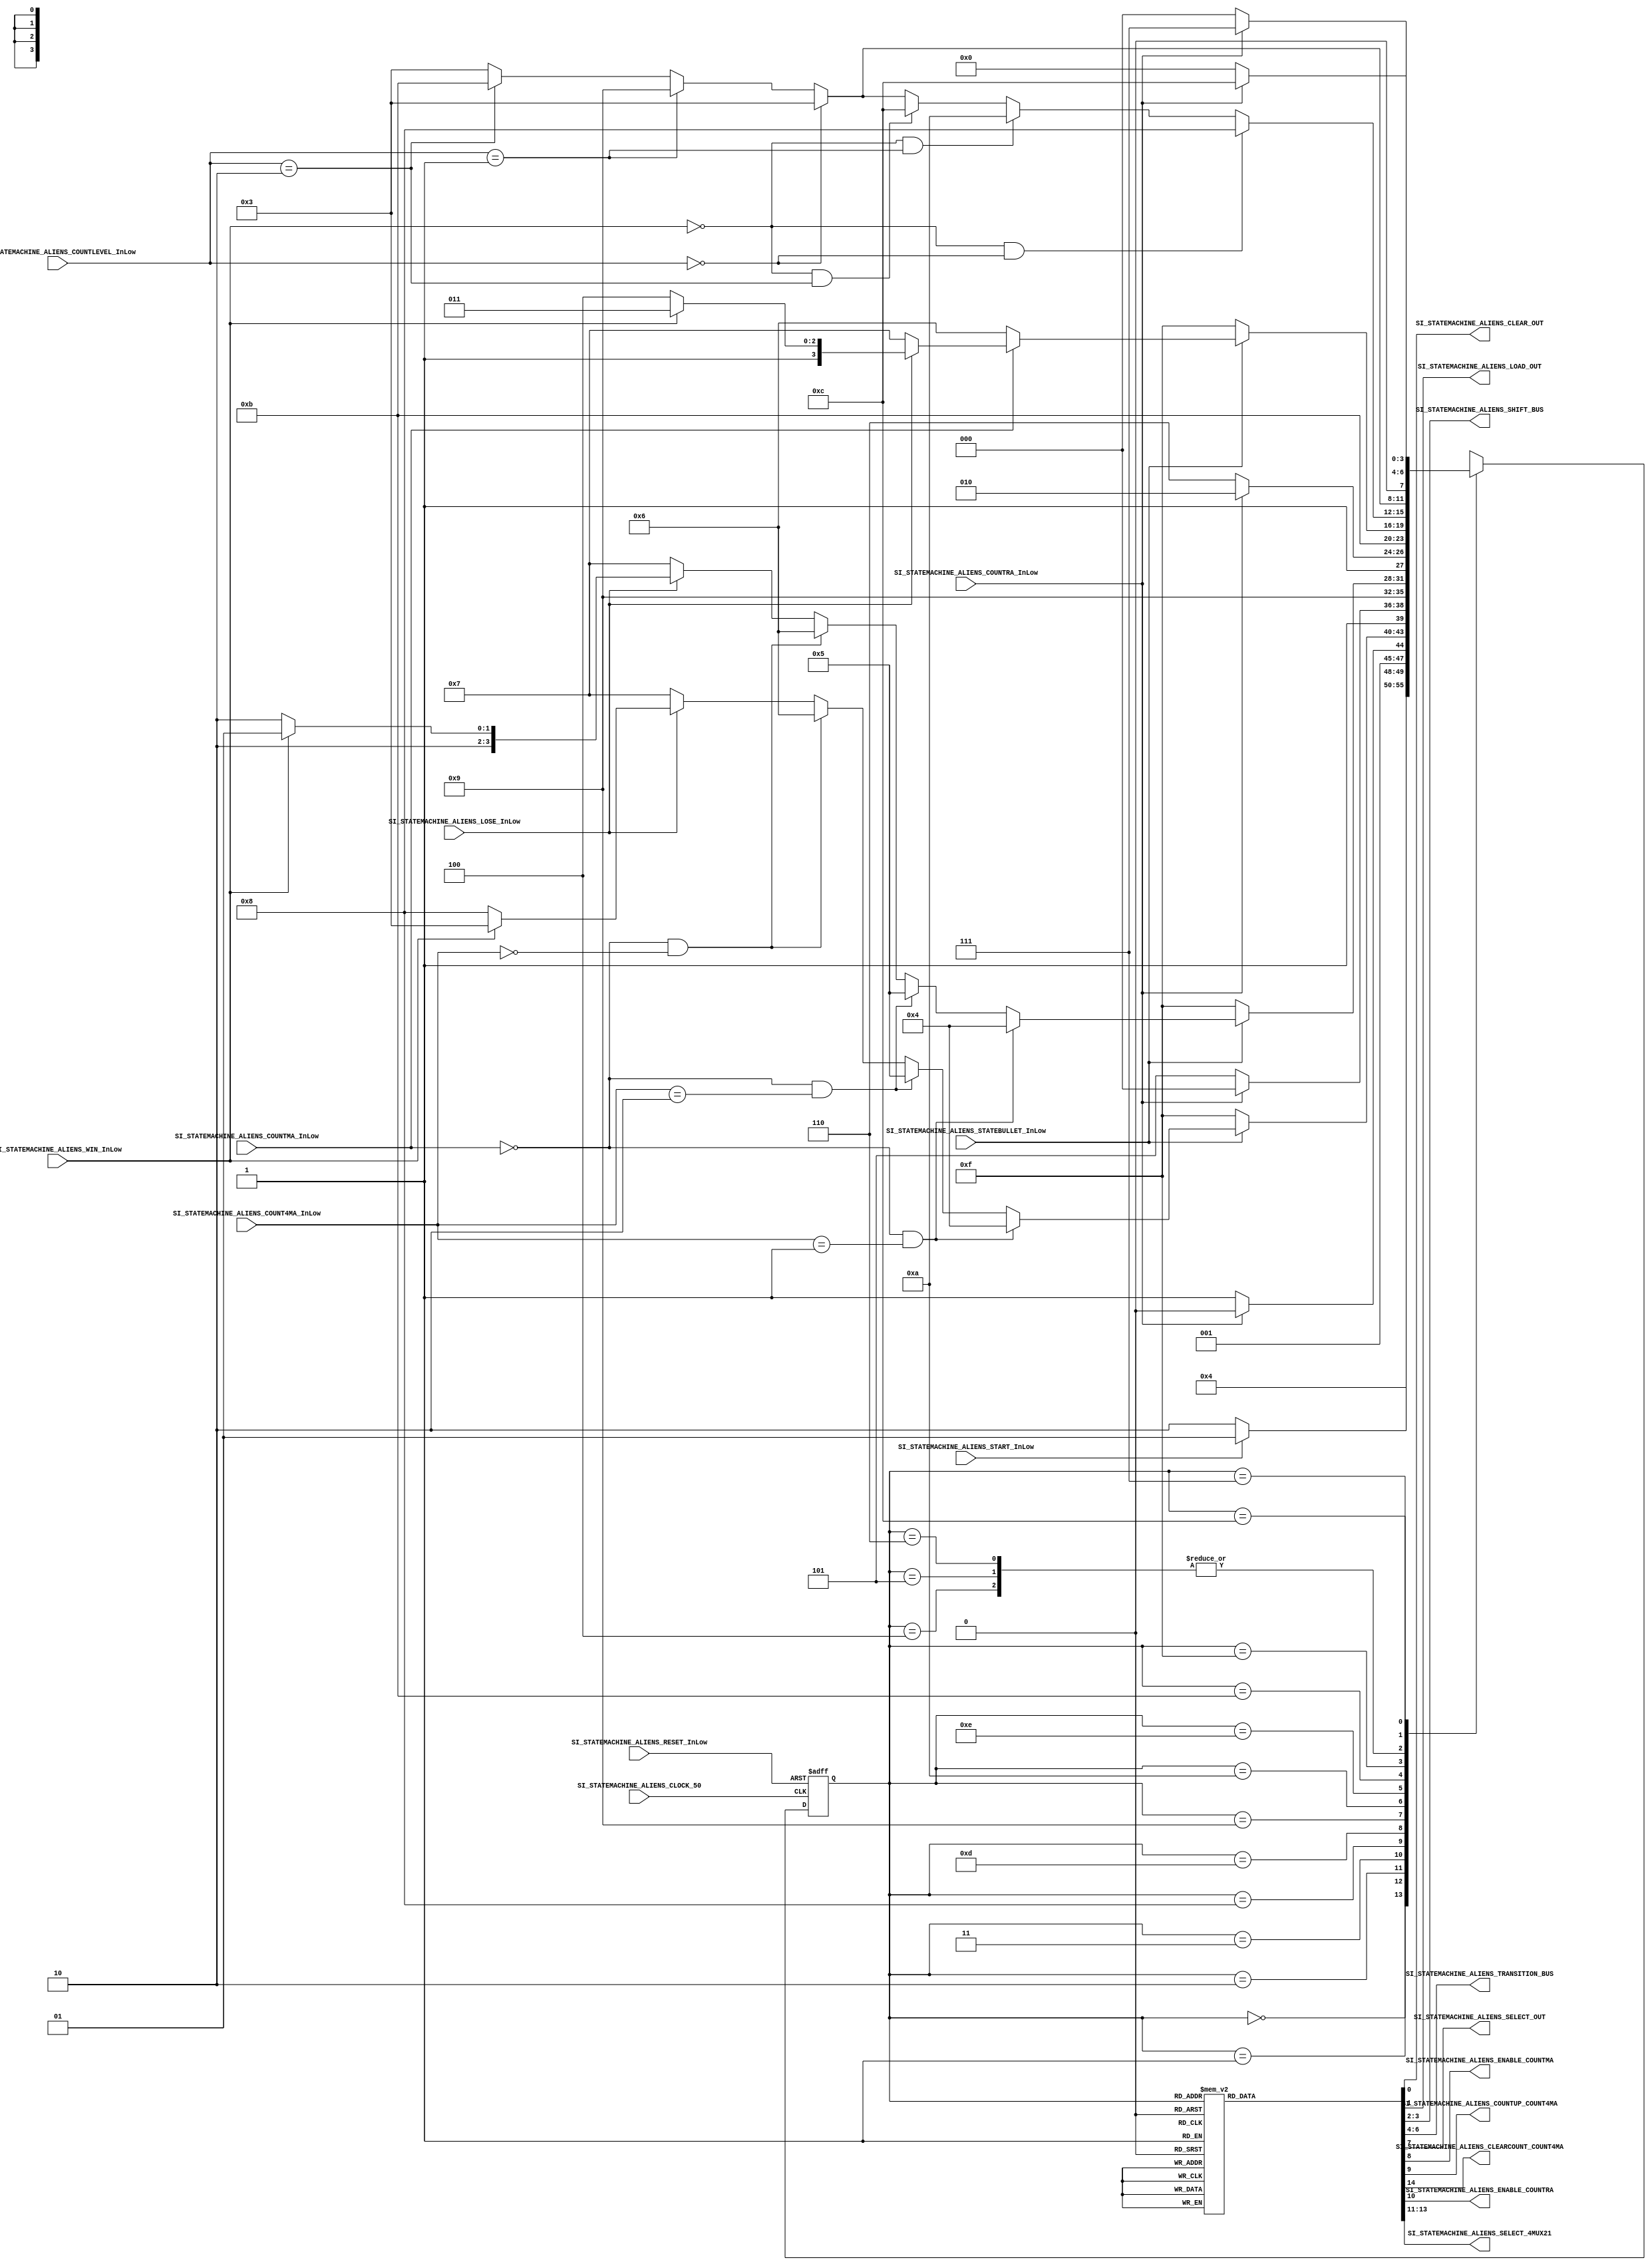

//=======================================================
//  MODULE Definition
//=======================================================

module SI_STATEMACHINE_ALIENS (

//////////// INPUTS //////////
	SI_STATEMACHINE_ALIENS_CLOCK_50,
	SI_STATEMACHINE_ALIENS_RESET_InLow,
	SI_STATEMACHINE_ALIENS_START_InLow,
   SI_STATEMACHINE_ALIENS_WIN_InLow,
	SI_STATEMACHINE_ALIENS_COUNTMA_InLow,
	SI_STATEMACHINE_ALIENS_COUNTRA_InLow,
	SI_STATEMACHINE_ALIENS_COUNT4MA_InLow,
	SI_STATEMACHINE_ALIENS_LOSE_InLow,
	SI_STATEMACHINE_ALIENS_COUNTLEVEL_InLow,
	SI_STATEMACHINE_ALIENS_STATEBULLET_InLow,
	
//////////// OUTPUTS //////////
	SI_STATEMACHINE_ALIENS_CLEAR_OUT,
	SI_STATEMACHINE_ALIENS_LOAD_OUT,
	SI_STATEMACHINE_ALIENS_SHIFT_BUS,
	SI_STATEMACHINE_ALIENS_TRANSITION_BUS,
	SI_STATEMACHINE_ALIENS_SELECT_OUT,
   SI_STATEMACHINE_ALIENS_ENABLE_COUNTMA,
	SI_STATEMACHINE_ALIENS_COUNTUP_COUNT4MA,
	SI_STATEMACHINE_ALIENS_CLEARCOUNT_COUNT4MA,
	SI_STATEMACHINE_ALIENS_ENABLE_COUNTRA,
	SI_STATEMACHINE_ALIENS_SELECT_4MUX21
	
);

//=======================================================
//  PARAMETER declarations
//=======================================================

	parameter St_Init   = 4'b0000;
	parameter St_Wait	  = 4'b0001;
	parameter St_Start  = 4'b0010;
	parameter St_Level1  = 4'b0011;
	parameter St_MoveAR  = 4'b0100;
	parameter St_MoveAL  = 4'b0101;
	parameter St_Down  = 4'b0110;
	parameter St_Lose  = 4'b0111;
	parameter St_Tran2  = 4'b1000;
	parameter St_Level2  = 4'b1001;
	parameter St_Tran3  = 4'b1010;
	parameter St_Level3  = 4'b1011;
	parameter St_Win	 =	4'b1100;
	parameter St_ClearLevel2 = 4'b1101;
	parameter St_ClearLevel3 = 4'b1110;
	parameter St_Load = 4'b1111;
			
//=======================================================
//  PORT declarations
//=======================================================
 
input SI_STATEMACHINE_ALIENS_CLOCK_50;
input	SI_STATEMACHINE_ALIENS_RESET_InLow;
input	SI_STATEMACHINE_ALIENS_START_InLow;
input	SI_STATEMACHINE_ALIENS_WIN_InLow;
input	SI_STATEMACHINE_ALIENS_COUNTMA_InLow;
input	SI_STATEMACHINE_ALIENS_LOSE_InLow;
input	SI_STATEMACHINE_ALIENS_COUNTRA_InLow;
input [1:0]	SI_STATEMACHINE_ALIENS_COUNT4MA_InLow;
input [1:0] SI_STATEMACHINE_ALIENS_COUNTLEVEL_InLow;
input SI_STATEMACHINE_ALIENS_STATEBULLET_InLow;

output reg SI_STATEMACHINE_ALIENS_CLEAR_OUT;
output reg SI_STATEMACHINE_ALIENS_LOAD_OUT;
output reg [1:0] SI_STATEMACHINE_ALIENS_SHIFT_BUS;
output reg [2:0] SI_STATEMACHINE_ALIENS_TRANSITION_BUS;
output reg SI_STATEMACHINE_ALIENS_SELECT_OUT;
output reg SI_STATEMACHINE_ALIENS_ENABLE_COUNTMA;
output reg SI_STATEMACHINE_ALIENS_COUNTUP_COUNT4MA;
output reg SI_STATEMACHINE_ALIENS_ENABLE_COUNTRA;
output reg [2:0] SI_STATEMACHINE_ALIENS_SELECT_4MUX21;
output reg SI_STATEMACHINE_ALIENS_CLEARCOUNT_COUNT4MA;

//=======================================================
//  REG/WIRE declarations
//=======================================================

reg [3:0] St_Register;
reg [3:0] St_Signal;

//=======================================================
//  Structural coding
//=======================================================
	
//-------INPUT LOGIC: COMBINATIONAL-----------------------------
// NEXT STATE LOGIC : COMBINATIONAL
	
always @(*)

begin 
	
	case(St_Register)
	
   St_Init: St_Signal = St_Wait;

	St_Wait: if(SI_STATEMACHINE_ALIENS_START_InLow == 0)
	         St_Signal = St_Start;
				else 
				St_Signal = St_Wait;

	St_Start: if(SI_STATEMACHINE_ALIENS_COUNTRA_InLow == 0)	
				 St_Signal = St_Level1;
				 else 
			    St_Signal = St_Start;	

	St_Level1: if(SI_STATEMACHINE_ALIENS_STATEBULLET_InLow == 0)
					St_Signal = St_Load;
	
				 else if(SI_STATEMACHINE_ALIENS_COUNTMA_InLow == 0 && SI_STATEMACHINE_ALIENS_COUNT4MA_InLow == 2'b01)
				  St_Signal = St_MoveAR;
			
				 else if(SI_STATEMACHINE_ALIENS_COUNTMA_InLow == 0 && SI_STATEMACHINE_ALIENS_COUNT4MA_InLow == 2'b10)
				 St_Signal = St_MoveAL;
				
		       else if(SI_STATEMACHINE_ALIENS_COUNTMA_InLow == 0 && SI_STATEMACHINE_ALIENS_COUNT4MA_InLow == 2'b00)	 
				 St_Signal = St_Down;
				 
				 else if(SI_STATEMACHINE_ALIENS_LOSE_InLow == 0)
				 St_Signal = St_Lose;
				 
				 else if(SI_STATEMACHINE_ALIENS_WIN_InLow == 0)
				 St_Signal = St_Tran2;
				 
				 else
				 St_Signal = St_Level1;
	
	St_Tran2: if(SI_STATEMACHINE_ALIENS_COUNTRA_InLow == 0)
				 St_Signal = St_ClearLevel2;
				 
				 else 
				 St_Signal = St_Tran2;
				 
	St_ClearLevel2: St_Signal = St_Level2;
				 
	St_Level2: if(SI_STATEMACHINE_ALIENS_STATEBULLET_InLow == 0)
					St_Signal = St_Load; 
	
				 else if(SI_STATEMACHINE_ALIENS_COUNTMA_InLow == 0 && SI_STATEMACHINE_ALIENS_COUNT4MA_InLow == 2'b01)
				  St_Signal = St_MoveAR;
			
				 else if(SI_STATEMACHINE_ALIENS_COUNTMA_InLow == 0 && SI_STATEMACHINE_ALIENS_COUNT4MA_InLow == 2'b10)
				 St_Signal = St_MoveAL;	
				
		       else if(SI_STATEMACHINE_ALIENS_COUNTMA_InLow == 0 && SI_STATEMACHINE_ALIENS_COUNT4MA_InLow == 2'b00)	 
				 St_Signal = St_Down;
				 
				 else if(SI_STATEMACHINE_ALIENS_LOSE_InLow == 0)
				 St_Signal = St_Lose;
				 
				 else if(SI_STATEMACHINE_ALIENS_WIN_InLow == 0)
				 St_Signal = St_Tran3;
				 
				 else
				 St_Signal = St_Level2;		 
				 
	St_Tran3: if(SI_STATEMACHINE_ALIENS_COUNTRA_InLow == 0)
	          St_Signal = St_ClearLevel3;
				 
				 else 
				 St_Signal = St_Tran3;
				 
	St_ClearLevel3: St_Signal = St_Level3;

	St_Level3: if(SI_STATEMACHINE_ALIENS_STATEBULLET_InLow == 0)
					St_Signal = St_Load;
				
		       else if(SI_STATEMACHINE_ALIENS_COUNTMA_InLow == 0)	 
				 St_Signal = St_Down;
				 
				 else if(SI_STATEMACHINE_ALIENS_LOSE_InLow == 0)
				 St_Signal = St_Lose;
				 
				 else if(SI_STATEMACHINE_ALIENS_WIN_InLow == 0)
				 St_Signal = St_Win;
				 
				 else
				 St_Signal = St_Level3;	
				 
	St_Load: if(SI_STATEMACHINE_ALIENS_WIN_InLow == 0 && SI_STATEMACHINE_ALIENS_COUNTLEVEL_InLow == 2'b00)
				 St_Signal = St_Tran2;
				 
				else if(SI_STATEMACHINE_ALIENS_WIN_InLow == 0 && SI_STATEMACHINE_ALIENS_COUNTLEVEL_InLow == 2'b01)
				 St_Signal = St_Tran3;
				 
				else if(SI_STATEMACHINE_ALIENS_WIN_InLow == 0 && SI_STATEMACHINE_ALIENS_COUNTLEVEL_InLow == 2'b10)
				 St_Signal = St_Win;
	
				else if(SI_STATEMACHINE_ALIENS_COUNTLEVEL_InLow == 2'b00)
					St_Signal = St_Level1;
					
				else if(SI_STATEMACHINE_ALIENS_COUNTLEVEL_InLow == 2'b01)
					St_Signal = St_Level2;
					
				else if(SI_STATEMACHINE_ALIENS_COUNTLEVEL_InLow == 2'b10)
					St_Signal = St_Level3;
					
				else
					St_Signal = St_Level1;
				 
	St_MoveAR: if(SI_STATEMACHINE_ALIENS_COUNTLEVEL_InLow == 2'b00)
					St_Signal = St_Level1;
					
				else if(SI_STATEMACHINE_ALIENS_COUNTLEVEL_InLow == 2'b01)
					St_Signal = St_Level2;
					
				else if(SI_STATEMACHINE_ALIENS_COUNTLEVEL_InLow == 2'b10)
					St_Signal = St_Level3;
					
				else
					St_Signal = St_Level1;
	
   St_MoveAL: if(SI_STATEMACHINE_ALIENS_COUNTLEVEL_InLow == 2'b00)
					St_Signal = St_Level1;
					
				else if(SI_STATEMACHINE_ALIENS_COUNTLEVEL_InLow == 2'b01)
					St_Signal = St_Level2;
					
				else if(SI_STATEMACHINE_ALIENS_COUNTLEVEL_InLow == 2'b10)
					St_Signal = St_Level3;
					
				else
					St_Signal = St_Level1;
	
	St_Down: if(SI_STATEMACHINE_ALIENS_COUNTLEVEL_InLow == 2'b00)
					St_Signal = St_Level1;
					
				else if(SI_STATEMACHINE_ALIENS_COUNTLEVEL_InLow == 2'b01)
					St_Signal = St_Level2;
					
				else if(SI_STATEMACHINE_ALIENS_COUNTLEVEL_InLow == 2'b10)
					St_Signal = St_Level3;
					
				else
					St_Signal = St_Level1;
	
	St_Lose: if(SI_STATEMACHINE_ALIENS_COUNTRA_InLow == 0)
	          St_Signal = St_Init;
				 
				 else
				 St_Signal = St_Lose; 
				
	St_Win: if(SI_STATEMACHINE_ALIENS_COUNTRA_InLow == 0)
	          St_Signal = St_Init;
				 
				 else
				 St_Signal = St_Win; 	
	endcase
	
end
	
//-------STATE REGISTER : SEQUENTIAL----------------------------

always @(posedge SI_STATEMACHINE_ALIENS_CLOCK_50, negedge SI_STATEMACHINE_ALIENS_RESET_InLow)
	
	if (SI_STATEMACHINE_ALIENS_RESET_InLow == 0)
		St_Register <= St_Init;
	else
		St_Register <= St_Signal;
	
//=======================================================
//  Outputs
//=======================================================
//-----------OUTPUT LOGIC : COMBINATIONAL -------------------------	
	
always @(*)
	
begin 
	
	case(St_Register)
	
	St_Init:
	begin
   SI_STATEMACHINE_ALIENS_CLEAR_OUT = 1;
   SI_STATEMACHINE_ALIENS_LOAD_OUT = 0;
   SI_STATEMACHINE_ALIENS_SHIFT_BUS = 2'b11;
   SI_STATEMACHINE_ALIENS_TRANSITION_BUS = 3'b001;
   SI_STATEMACHINE_ALIENS_SELECT_OUT = 1;
   SI_STATEMACHINE_ALIENS_ENABLE_COUNTMA = 1;
	SI_STATEMACHINE_ALIENS_COUNTUP_COUNT4MA = 1; 
	SI_STATEMACHINE_ALIENS_ENABLE_COUNTRA = 1;
	SI_STATEMACHINE_ALIENS_SELECT_4MUX21 = 3'b000;
	SI_STATEMACHINE_ALIENS_CLEARCOUNT_COUNT4MA = 0;
	end
	
	St_Wait:
	begin
   SI_STATEMACHINE_ALIENS_CLEAR_OUT = 1;
   SI_STATEMACHINE_ALIENS_LOAD_OUT = 1;
   SI_STATEMACHINE_ALIENS_SHIFT_BUS = 2'b11;
   SI_STATEMACHINE_ALIENS_TRANSITION_BUS = 3'b001;
   SI_STATEMACHINE_ALIENS_SELECT_OUT = 1;
   SI_STATEMACHINE_ALIENS_ENABLE_COUNTMA = 0;
	SI_STATEMACHINE_ALIENS_COUNTUP_COUNT4MA = 1;
	SI_STATEMACHINE_ALIENS_ENABLE_COUNTRA = 1;
	SI_STATEMACHINE_ALIENS_SELECT_4MUX21 = 3'b000;
	SI_STATEMACHINE_ALIENS_CLEARCOUNT_COUNT4MA = 1;
	end
	
	St_Start:
	begin
   SI_STATEMACHINE_ALIENS_CLEAR_OUT = 1;
   SI_STATEMACHINE_ALIENS_LOAD_OUT = 1;
   SI_STATEMACHINE_ALIENS_SHIFT_BUS = 2'b11;
   SI_STATEMACHINE_ALIENS_TRANSITION_BUS = 3'b010;
   SI_STATEMACHINE_ALIENS_SELECT_OUT = 1;
   SI_STATEMACHINE_ALIENS_ENABLE_COUNTMA = 0;
	SI_STATEMACHINE_ALIENS_COUNTUP_COUNT4MA = 1;
	SI_STATEMACHINE_ALIENS_ENABLE_COUNTRA = 0;
	SI_STATEMACHINE_ALIENS_SELECT_4MUX21 = 3'b000;
	SI_STATEMACHINE_ALIENS_CLEARCOUNT_COUNT4MA = 1;
	end
	
	St_Level1:
	begin
   SI_STATEMACHINE_ALIENS_CLEAR_OUT = 1;
   SI_STATEMACHINE_ALIENS_LOAD_OUT = 1;
   SI_STATEMACHINE_ALIENS_SHIFT_BUS = 2'b11;
   SI_STATEMACHINE_ALIENS_TRANSITION_BUS = 3'b111;
   SI_STATEMACHINE_ALIENS_SELECT_OUT = 0;
   SI_STATEMACHINE_ALIENS_ENABLE_COUNTMA = 0;
	SI_STATEMACHINE_ALIENS_COUNTUP_COUNT4MA = 1;
	SI_STATEMACHINE_ALIENS_ENABLE_COUNTRA = 1;
	SI_STATEMACHINE_ALIENS_SELECT_4MUX21 = 3'b000;
	SI_STATEMACHINE_ALIENS_CLEARCOUNT_COUNT4MA = 1;
	end

	St_Tran2:
	begin
   SI_STATEMACHINE_ALIENS_CLEAR_OUT = 0;
   SI_STATEMACHINE_ALIENS_LOAD_OUT = 1;
   SI_STATEMACHINE_ALIENS_SHIFT_BUS = 2'b11;
   SI_STATEMACHINE_ALIENS_TRANSITION_BUS = 3'b011;
   SI_STATEMACHINE_ALIENS_SELECT_OUT = 1;
   SI_STATEMACHINE_ALIENS_ENABLE_COUNTMA = 1;
	SI_STATEMACHINE_ALIENS_COUNTUP_COUNT4MA = 1;
	SI_STATEMACHINE_ALIENS_ENABLE_COUNTRA = 0;
	SI_STATEMACHINE_ALIENS_SELECT_4MUX21 = 3'b000;
	SI_STATEMACHINE_ALIENS_CLEARCOUNT_COUNT4MA = 0;
	end
	
	St_ClearLevel2:
	begin
   SI_STATEMACHINE_ALIENS_CLEAR_OUT = 1;
   SI_STATEMACHINE_ALIENS_LOAD_OUT = 0;
   SI_STATEMACHINE_ALIENS_SHIFT_BUS = 2'b11;
   SI_STATEMACHINE_ALIENS_TRANSITION_BUS = 3'b011;
   SI_STATEMACHINE_ALIENS_SELECT_OUT = 1;
   SI_STATEMACHINE_ALIENS_ENABLE_COUNTMA = 1;
	SI_STATEMACHINE_ALIENS_COUNTUP_COUNT4MA = 1;
	SI_STATEMACHINE_ALIENS_ENABLE_COUNTRA = 1;
	SI_STATEMACHINE_ALIENS_SELECT_4MUX21 = 3'b011;
	SI_STATEMACHINE_ALIENS_CLEARCOUNT_COUNT4MA = 0;
	end
	
	St_Level2:
	begin
   SI_STATEMACHINE_ALIENS_CLEAR_OUT = 1;
   SI_STATEMACHINE_ALIENS_LOAD_OUT = 1;
   SI_STATEMACHINE_ALIENS_SHIFT_BUS = 2'b11;
   SI_STATEMACHINE_ALIENS_TRANSITION_BUS = 3'b111;
   SI_STATEMACHINE_ALIENS_SELECT_OUT = 0;
   SI_STATEMACHINE_ALIENS_ENABLE_COUNTMA = 0;
	SI_STATEMACHINE_ALIENS_COUNTUP_COUNT4MA = 1;
	SI_STATEMACHINE_ALIENS_ENABLE_COUNTRA = 1;
	SI_STATEMACHINE_ALIENS_SELECT_4MUX21 = 3'b000;
	SI_STATEMACHINE_ALIENS_CLEARCOUNT_COUNT4MA = 1;
	end
	
	St_Tran3:
	begin
   SI_STATEMACHINE_ALIENS_CLEAR_OUT = 0;
   SI_STATEMACHINE_ALIENS_LOAD_OUT = 1;
   SI_STATEMACHINE_ALIENS_SHIFT_BUS = 2'b11;
   SI_STATEMACHINE_ALIENS_TRANSITION_BUS = 3'b100;
   SI_STATEMACHINE_ALIENS_SELECT_OUT = 1;
   SI_STATEMACHINE_ALIENS_ENABLE_COUNTMA = 1;
	SI_STATEMACHINE_ALIENS_COUNTUP_COUNT4MA = 1;
	SI_STATEMACHINE_ALIENS_ENABLE_COUNTRA = 0;
	SI_STATEMACHINE_ALIENS_SELECT_4MUX21 = 3'b000;
	SI_STATEMACHINE_ALIENS_CLEARCOUNT_COUNT4MA = 0;
	end

	St_ClearLevel3:
	begin
   SI_STATEMACHINE_ALIENS_CLEAR_OUT = 1;
   SI_STATEMACHINE_ALIENS_LOAD_OUT = 0;
   SI_STATEMACHINE_ALIENS_SHIFT_BUS = 2'b11;
   SI_STATEMACHINE_ALIENS_TRANSITION_BUS = 3'b100;
   SI_STATEMACHINE_ALIENS_SELECT_OUT = 1;
   SI_STATEMACHINE_ALIENS_ENABLE_COUNTMA = 1;
	SI_STATEMACHINE_ALIENS_COUNTUP_COUNT4MA = 1;
	SI_STATEMACHINE_ALIENS_ENABLE_COUNTRA = 1;
	SI_STATEMACHINE_ALIENS_SELECT_4MUX21 = 3'b100;
	SI_STATEMACHINE_ALIENS_CLEARCOUNT_COUNT4MA = 0;
	end	
	
	St_Level3:
	begin
   SI_STATEMACHINE_ALIENS_CLEAR_OUT = 1;
   SI_STATEMACHINE_ALIENS_LOAD_OUT = 1;
   SI_STATEMACHINE_ALIENS_SHIFT_BUS = 2'b11;
   SI_STATEMACHINE_ALIENS_TRANSITION_BUS = 3'b111;
   SI_STATEMACHINE_ALIENS_SELECT_OUT = 0;
   SI_STATEMACHINE_ALIENS_ENABLE_COUNTMA = 0;
	SI_STATEMACHINE_ALIENS_COUNTUP_COUNT4MA = 1;
	SI_STATEMACHINE_ALIENS_ENABLE_COUNTRA = 1;
	SI_STATEMACHINE_ALIENS_SELECT_4MUX21 = 3'b000;
	SI_STATEMACHINE_ALIENS_CLEARCOUNT_COUNT4MA = 1;
	end
	
	St_Load:
	begin
   SI_STATEMACHINE_ALIENS_CLEAR_OUT = 1;
   SI_STATEMACHINE_ALIENS_LOAD_OUT = 0;
   SI_STATEMACHINE_ALIENS_SHIFT_BUS = 2'b11;
   SI_STATEMACHINE_ALIENS_TRANSITION_BUS = 3'b001;
   SI_STATEMACHINE_ALIENS_SELECT_OUT = 1;
   SI_STATEMACHINE_ALIENS_ENABLE_COUNTMA = 0;
	SI_STATEMACHINE_ALIENS_COUNTUP_COUNT4MA = 1; 
	SI_STATEMACHINE_ALIENS_ENABLE_COUNTRA = 1;
	SI_STATEMACHINE_ALIENS_SELECT_4MUX21 = 3'b001;
	SI_STATEMACHINE_ALIENS_CLEARCOUNT_COUNT4MA = 1;
	end

	St_MoveAR:
	begin
   SI_STATEMACHINE_ALIENS_CLEAR_OUT = 1;
   SI_STATEMACHINE_ALIENS_LOAD_OUT = 1;
   SI_STATEMACHINE_ALIENS_SHIFT_BUS = 2'b10;
   SI_STATEMACHINE_ALIENS_TRANSITION_BUS = 3'b111;
   SI_STATEMACHINE_ALIENS_SELECT_OUT = 0;
   SI_STATEMACHINE_ALIENS_ENABLE_COUNTMA = 0;
	SI_STATEMACHINE_ALIENS_COUNTUP_COUNT4MA = 0;
	SI_STATEMACHINE_ALIENS_ENABLE_COUNTRA = 1;
	SI_STATEMACHINE_ALIENS_SELECT_4MUX21 = 3'b000;
	SI_STATEMACHINE_ALIENS_CLEARCOUNT_COUNT4MA = 1;
	end
	
	St_MoveAL:
	begin
   SI_STATEMACHINE_ALIENS_CLEAR_OUT = 1;
   SI_STATEMACHINE_ALIENS_LOAD_OUT = 1;
   SI_STATEMACHINE_ALIENS_SHIFT_BUS = 2'b01;
   SI_STATEMACHINE_ALIENS_TRANSITION_BUS = 3'b111;
   SI_STATEMACHINE_ALIENS_SELECT_OUT = 0;
   SI_STATEMACHINE_ALIENS_ENABLE_COUNTMA = 0;
	SI_STATEMACHINE_ALIENS_COUNTUP_COUNT4MA = 0;
	SI_STATEMACHINE_ALIENS_ENABLE_COUNTRA = 1;
	SI_STATEMACHINE_ALIENS_SELECT_4MUX21 = 3'b000;
	SI_STATEMACHINE_ALIENS_CLEARCOUNT_COUNT4MA = 1;
	end
	
	St_Down:
	begin
   SI_STATEMACHINE_ALIENS_CLEAR_OUT = 1;
   SI_STATEMACHINE_ALIENS_LOAD_OUT = 0;
   SI_STATEMACHINE_ALIENS_SHIFT_BUS = 2'b11;
   SI_STATEMACHINE_ALIENS_TRANSITION_BUS = 3'b111;
   SI_STATEMACHINE_ALIENS_SELECT_OUT = 0;
   SI_STATEMACHINE_ALIENS_ENABLE_COUNTMA = 0;
	SI_STATEMACHINE_ALIENS_COUNTUP_COUNT4MA = 0;
	SI_STATEMACHINE_ALIENS_ENABLE_COUNTRA = 1;
	SI_STATEMACHINE_ALIENS_SELECT_4MUX21 = 3'b010;
	SI_STATEMACHINE_ALIENS_CLEARCOUNT_COUNT4MA = 1;
	end	
	
	St_Win:
	begin
   SI_STATEMACHINE_ALIENS_CLEAR_OUT = 0;
   SI_STATEMACHINE_ALIENS_LOAD_OUT = 1;
   SI_STATEMACHINE_ALIENS_SHIFT_BUS = 2'b11;
   SI_STATEMACHINE_ALIENS_TRANSITION_BUS = 3'b110;
   SI_STATEMACHINE_ALIENS_SELECT_OUT = 1;
   SI_STATEMACHINE_ALIENS_ENABLE_COUNTMA = 1;
	SI_STATEMACHINE_ALIENS_COUNTUP_COUNT4MA = 1;
	SI_STATEMACHINE_ALIENS_ENABLE_COUNTRA = 0;
	SI_STATEMACHINE_ALIENS_SELECT_4MUX21 = 3'b000;
	SI_STATEMACHINE_ALIENS_CLEARCOUNT_COUNT4MA = 0;
	end	
	
	St_Lose:
	begin
   SI_STATEMACHINE_ALIENS_CLEAR_OUT = 0;
   SI_STATEMACHINE_ALIENS_LOAD_OUT = 1;
   SI_STATEMACHINE_ALIENS_SHIFT_BUS = 2'b11;
   SI_STATEMACHINE_ALIENS_TRANSITION_BUS = 3'b101;
   SI_STATEMACHINE_ALIENS_SELECT_OUT = 1;
   SI_STATEMACHINE_ALIENS_ENABLE_COUNTMA = 1;
	SI_STATEMACHINE_ALIENS_COUNTUP_COUNT4MA = 1;
	SI_STATEMACHINE_ALIENS_ENABLE_COUNTRA = 0;
	SI_STATEMACHINE_ALIENS_SELECT_4MUX21 = 3'b000;
	SI_STATEMACHINE_ALIENS_CLEARCOUNT_COUNT4MA = 0;
	end	
	
	endcase
end
	
endmodule